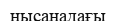
нысанадағы